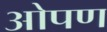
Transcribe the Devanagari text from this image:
ओपण